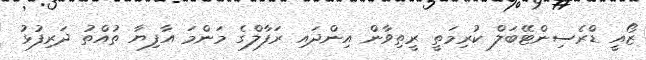
ޒޯއީ ޑްރެސިންޓޭބަލް ކުރިމަތީ ރީތިވާން އިންދައި ރަފާލްގެ މަންމަ އާފިޔާ ތުއްތު ދަރިފުޅު